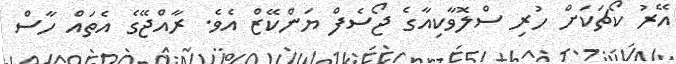
އޭރު ކޯޗަކަށް ހުރި ސްލޮވާކިއާގެ ޖޯސެފް ޔަންކޭޒް އެވެ. ރާއްޖޭގެ އެތައް ހާސް